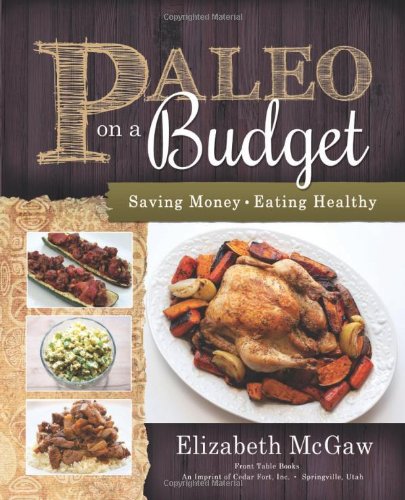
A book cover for Paleo on a Budget: Saving Money, Eating Healthy; Elizabeth McGaw; Cookbooks, Food & Wine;